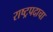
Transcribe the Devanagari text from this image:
राष्ट्रपदाचा